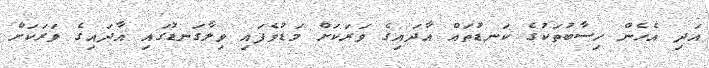
އަދި އެހެން ހިސާބުތަކުގެ ކަނޑުތައް އާދައިގެ ވަަރަކަށް މަޑުވެފައި ވިލާގަނޑުގައި އާދައިގެ ވަރަކަށް